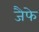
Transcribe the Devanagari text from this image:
जैफे